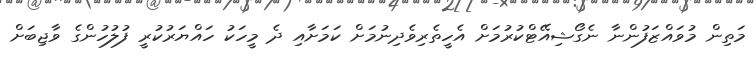
މަތިން މުވައްޒަފުންނާ ނެގޯޝިއޭޓްކުރުމަށް އެހީތެރިވެދިނުމަށް ކަމަށާއި ދެ މީހަކު ހައްޔަރުކުރީ ފުލުހުންގެ ވާޖިބަށް